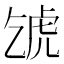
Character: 𧆦